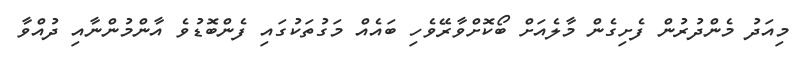
މިއަދު މެންދުރުން ފެށިގެން މާލެއަށް ބޯކޮށްވާރޭވެހި ބައެއް މަގުތަކުގައި ފެންބޮޑުވެ އާންމުންނާއި ދުއްވާ